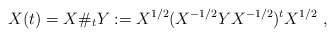
\begin{align*} X(t) = X\#_t Y := X^{1/2}(X^{-1/2}Y X^{-1/2})^tX^{1/2}\ , \end{align*}